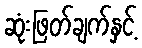
ဆုံးဖြတ်ချက်နှင့်